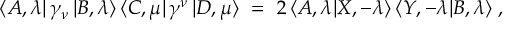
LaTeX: \langle A , \lambda | \, \gamma _ { \nu } \, | B , \lambda \rangle \, \langle C , \mu | \, \gamma ^ { \nu } \, | D , \mu \rangle \, \, = \, \, 2 \, \langle A , \lambda | X , - \lambda \rangle \, \langle Y , - \lambda | B , \lambda \rangle \; ,